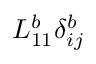
L _ { 1 1 } ^ { b } \delta _ { i j } ^ { b }